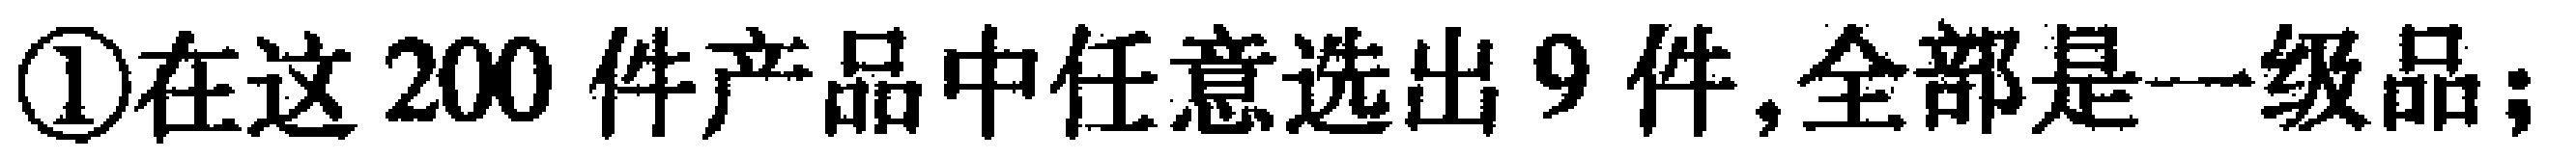
\textcircled{1}在这200件产品中任意选出9件,全部是一级品;